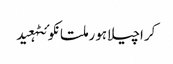
کراچیلاہورملتانکوئٹہعید